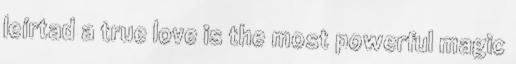
leírtad a true love is the most powerful magic